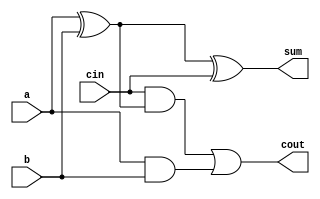
module full_adder (
    input a,
    input b,
    input cin,
    output sum,
    output cout );

    assign sum = a ^ b^ cin;
    assign cout = (cin & (a ^ b)) | (a & b);
    
endmodule


module top_module( 
    input [99:0] a, b,
    input cin,
    output [99:0] cout,
    output [99:0] sum );


    full_adder fa0 (.a(a[0]),  .b(b[0]), .cin(cin),  .sum(sum[0]), .cout(cout[0])  );
    
    genvar i;
  

    generate
        for (i=1; i<100; i=i+1 ) begin : genfa
            
            full_adder fgh (.a(a[i]),  .b(b[i]), .cin(cout[i-1]),  .sum(sum[i])  , .cout(cout[i]));
        end
        
    endgenerate  


endmodule